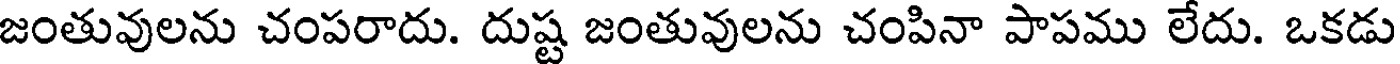
జంతువులను చంపరాదు. దుష్ట జంతువులను చంపినా పాపము లేదు. ఒకడు